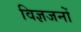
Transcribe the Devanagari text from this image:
विज्ञजनों